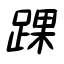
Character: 踝